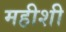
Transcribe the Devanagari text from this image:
महीशी